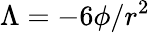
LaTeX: \Lambda=-6\phi/r^{2}